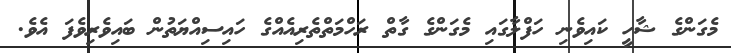
މެގަންގެ ޝާހީ ކައިވެނި ހަފްލާގައި މެގަންގެ ގާތް ރަހްމަތްތެރިއެއްގެ ހައިސިއްޔަތުން ބައިވެރިވެފަ އެވެ.